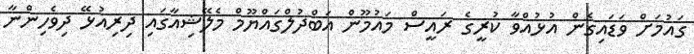
ގައުމަށް ވަޑައިގެން އުޅުއްވާ ކުރީގެ ރައީސް މައުމޫން އަބްދުލްގައްޔޫމް މެލޭޝިއާގައި ދިރިއުޅޭ ދިވެހިންނާ